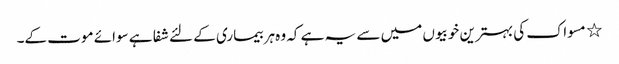
٭ مسواک کی بہترین خوبیوں میں سے یہ ہے کہ وہ ہر بیماری کے لئے شفا ہے سوائے موت کے۔